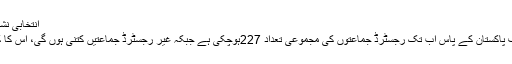
انتخابی نشانات کم پڑ گئے
الیکشن کمیشن آف پاکستان کے پاس اب تک رجسٹرڈ جماعتوں کی مجموعی تعداد 227ہوچکی ہے جبکہ غیر رجسٹرڈ جماعتیں کتنی ہوں گی، اس کا کوئی شمار نہیں۔